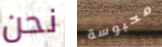
نحن محبوسة